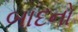
બાદનો